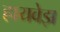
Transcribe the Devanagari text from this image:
हायवेझ